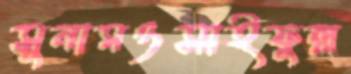
সুনামওসাইফুল্ল